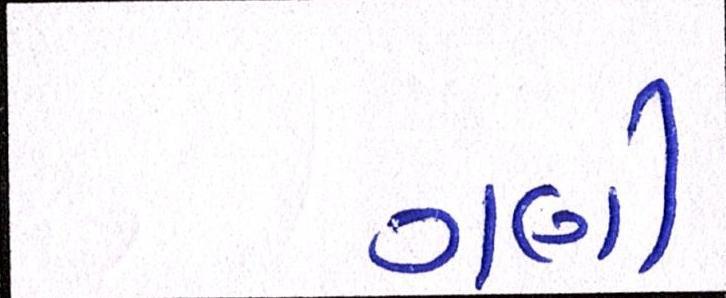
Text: ગણી